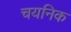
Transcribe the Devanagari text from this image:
चयनिक